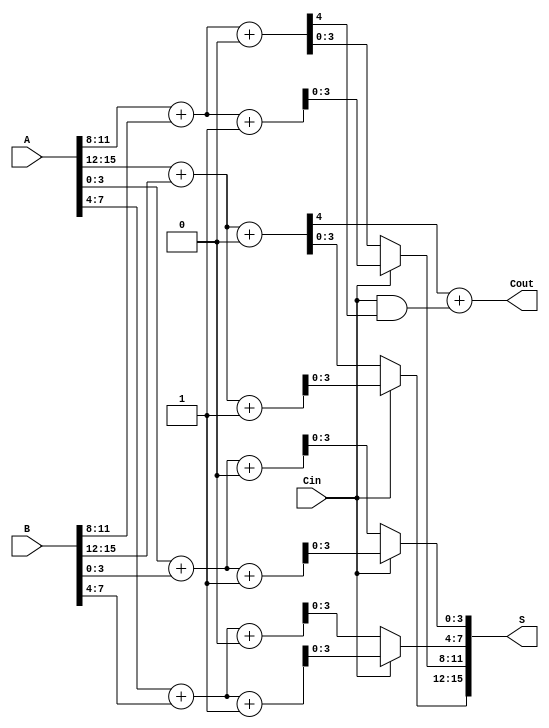
module RCCSA #(parameter N = 16, // Total bit-width
                parameter M = 4)  // Segment size
(
    input  wire [N-1:0] A,       // First operand
    input  wire [N-1:0] B,       // Second operand
    input  wire Cin,              // Carry-in
    output wire [N-1:0] S,        // Sum output
    output wire Cout              // Carry-out
);

    // Number of segments
    localparam SEGMENTS = N / M;

    // Internal wires for carry and sum
    wire [M-1:0] sum0 [0:SEGMENTS-1];
    wire [M-1:0] sum1 [0:SEGMENTS-1];
    wire [SEGMENTS:0] carry;

    // Generate sub-adders and carry select logic
    genvar i;
    generate
        for (i = 0; i < SEGMENTS; i = i + 1) begin : adder_block
            // Sub-adder for carry-in = 0
            assign {carry[i+1], sum0[i]} = A[i*M +: M] + B[i*M +: M] + 1'b0;
            // Sub-adder for carry-in = 1
            assign {carry[i+1], sum1[i]} = A[i*M +: M] + B[i*M +: M] + 1'b1;
        end
    endgenerate

    // Select the appropriate sum based on carry-in
    generate
        for (i = 0; i < SEGMENTS; i = i + 1) begin : select_logic
            assign S[i*M +: M] = (Cin) ? sum1[i] : sum0[i];
        end
    endgenerate

    // Final carry-out
    assign Cout = carry[SEGMENTS] + (Cin & carry[SEGMENTS-1]);

endmodule